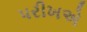
પરીખએ